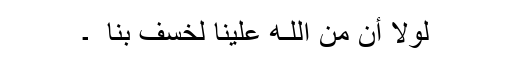
لَوْلَا أَن مَّنَّ اللَّـهُ عَلَيْنَا لَخَسَفَ بِنَا ۖ ۔